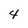
Character: 4